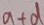
a + d